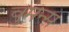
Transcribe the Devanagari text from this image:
वुमन्स